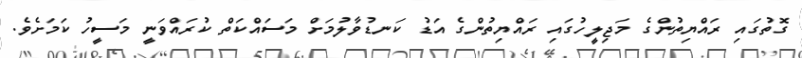
ގޮތުގައި ރައްޔިތުންގެ މަޖިލީހުގައި ރައްޔިތުންގެ އަޑު ކަނޑުވާލުމަށް މަސައްކަތް ކުރައްވަނީ މަސީހު ކަމަށެވެ.